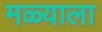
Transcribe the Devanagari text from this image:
मळ्याला